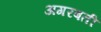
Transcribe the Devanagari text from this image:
अगरबती